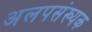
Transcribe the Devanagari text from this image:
अलपसंख्यक